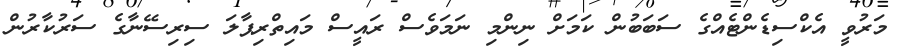
މަރުވީ އެކްސިޑެންޓެއްގެ ސަބަބުން ކަމަށް ނިންމި ނަމަވެސް ރައީސް މައިތްރިޕާލަ ސިރިސޭނާގެ ސަރުކާރުން